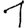
Digit: 1